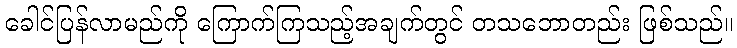
ခေါင်ပြန်လာမည်ကို ကြောက်ကြသည့်အချက်တွင် တသဘောတည်း ဖြစ်သည်။